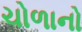
ચોળાનો